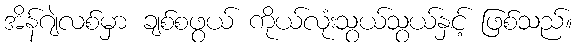
အိန်ဂျဲလစ်မှာ ချစ်စဖွယ် ကိုယ်လုံးသွယ်သွယ်နှင့် ဖြစ်သည်။